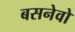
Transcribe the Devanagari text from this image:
बसनेवो